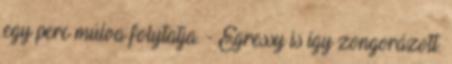
egy perc múlva folytatja. - Egressy is így zongorázott.